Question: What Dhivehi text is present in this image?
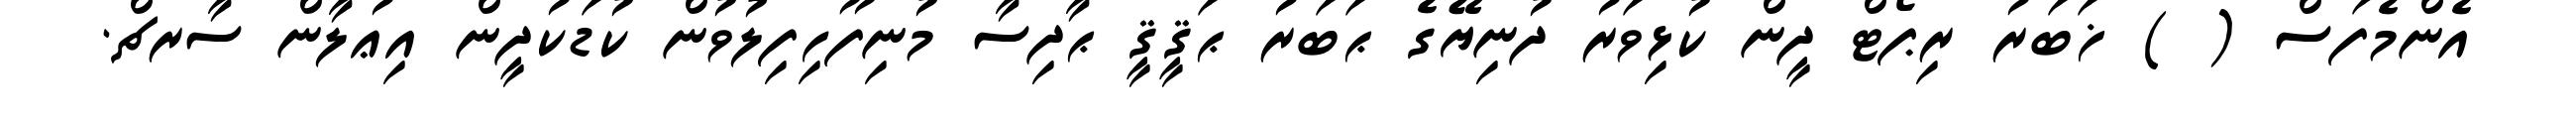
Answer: އެންމެފަސް ( ) ޚަބަރު ރިޕޯޓް ދީން ކުޅިވަރު ދުނިޔޭގެ ޙަބަރު ޙަޤީޤީ ޙާދިސާ މުނިފޫހިފިލުވުން ކުޑަކުދީން އިޢުލާން ސާރޗް.